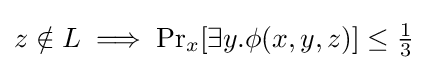
z\notin L\implies \Pr \nolimits _{x}[\exists y.\phi (x,y,z)]\leq {\tfrac {1}{3}}